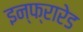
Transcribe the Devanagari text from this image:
इन्‍फ्रारेड